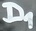
Text: D1